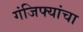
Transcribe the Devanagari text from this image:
गंजिफ्यांचा